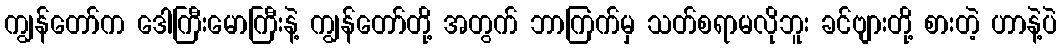
ကျွန်တော်က ဒေါကြီးမောကြီးနဲ့ ကျွန်တော်တို့ အတွက် ဘာကြက်မှ သတ်စရာမလိုဘူး ခင်ဗျားတို့ စားတဲ့ ဟာနဲ့ပဲ